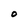
Character: O